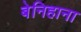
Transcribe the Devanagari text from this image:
बेनिहाना